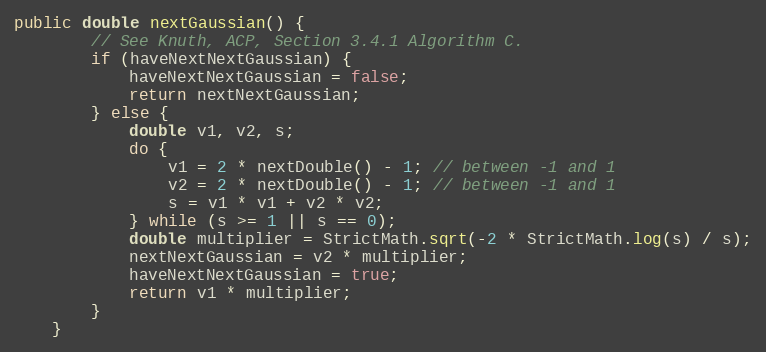
Language: Java
public double nextGaussian() {
        // See Knuth, ACP, Section 3.4.1 Algorithm C.
        if (haveNextNextGaussian) {
            haveNextNextGaussian = false;
            return nextNextGaussian;
        } else {
            double v1, v2, s;
            do {
                v1 = 2 * nextDouble() - 1; // between -1 and 1
                v2 = 2 * nextDouble() - 1; // between -1 and 1
                s = v1 * v1 + v2 * v2;
            } while (s >= 1 || s == 0);
            double multiplier = StrictMath.sqrt(-2 * StrictMath.log(s) / s);
            nextNextGaussian = v2 * multiplier;
            haveNextNextGaussian = true;
            return v1 * multiplier;
        }
    }